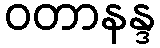
ဝတာနန္ဒ